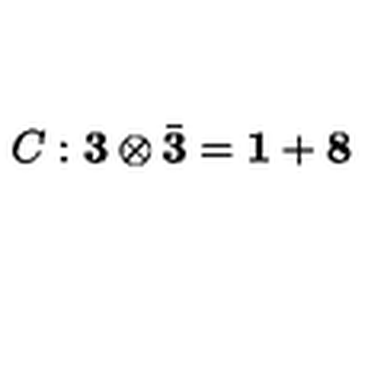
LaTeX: C : { \bf 3 } \otimes \bar { \bf 3 } = { \bf 1 } + { \bf 8 }